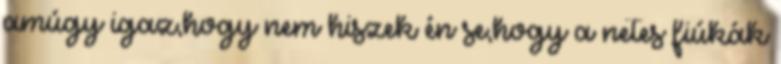
amúgy igaz,hogy nem hiszek én se,hogy a netes fiúkák